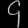
Digit: ၄